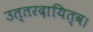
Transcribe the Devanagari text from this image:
उत्तरदायित्व।